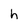
Character: h